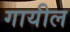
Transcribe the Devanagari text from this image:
गायील